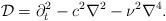
LaTeX: \begin{align*}{\cal D}={\partial^{2}_t}-c^2 {\nabla^2}-\nu^2{\nabla^4}.\end{align*}